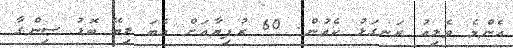
އެންމެ ވެލިއު ރަނގަޅު ކެއުން. 60 ރުފިޔާއަށް އެބަ ލިބޭ ބޮޑު ސިންގާ